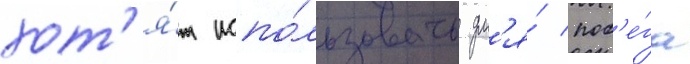
хот'я́т испо́льзовать дл'я́ поб'е́га